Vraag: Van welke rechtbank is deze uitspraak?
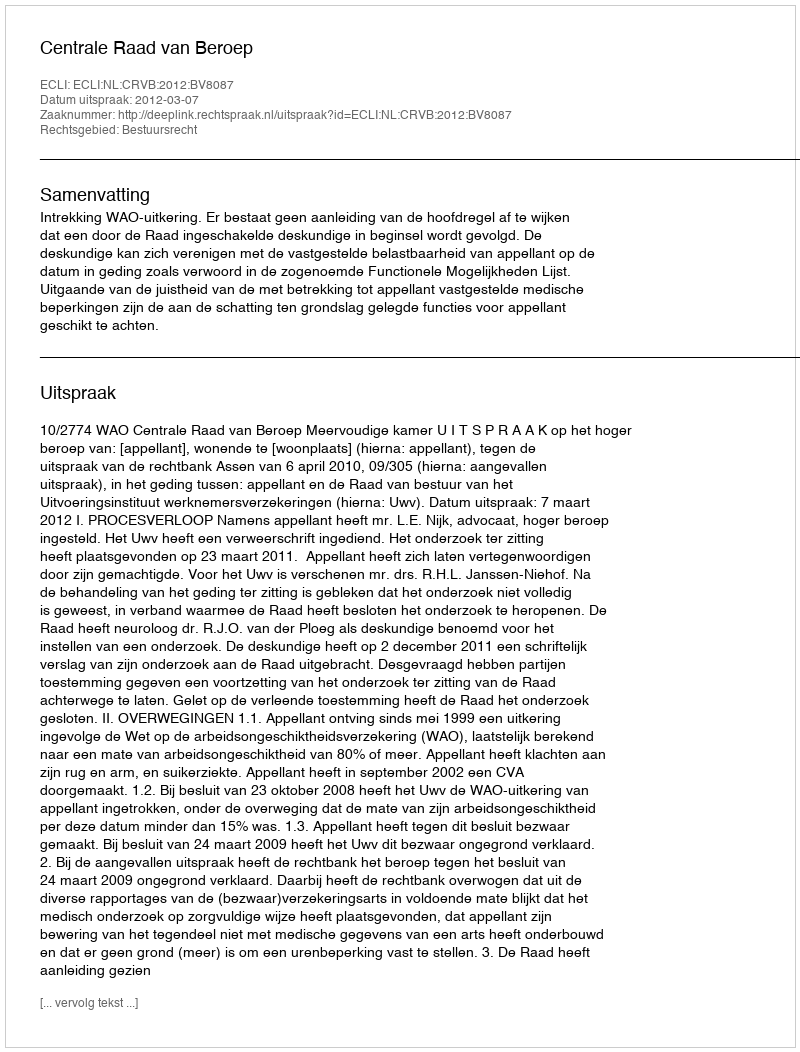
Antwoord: Centrale Raad van Beroep